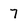
Character: 7